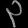
Digit: ၃